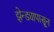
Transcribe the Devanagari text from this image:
झेन्ड्यापासून